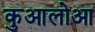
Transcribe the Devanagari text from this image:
कुआलोआ